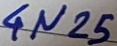
Text: 4N25